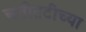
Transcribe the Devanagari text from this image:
अतीतटीच्या